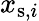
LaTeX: x_{\mathrm{s},i}